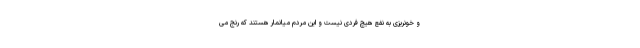
و خونریزی به نفع هیچ فردی نیست و این مردم میانمار هستند که رنج می